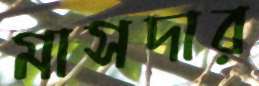
মাসদার